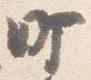
町